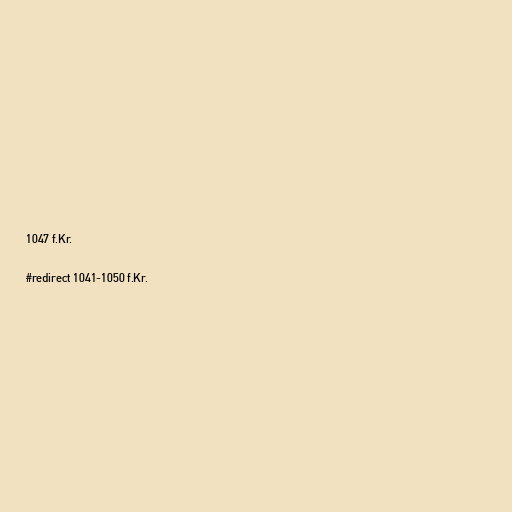
1047 f.Kr.

#redirect 1041-1050 f.Kr.